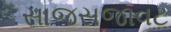
સાજસજાવટ